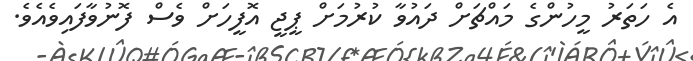
އެ ހަތަރު މީހުންގެ މައްޗަށް ދައުވާ ކުރުމަށް ޕީޖީ އޮފީހަށް ވެސް ފޮނުވާފައިވެއެވެ.